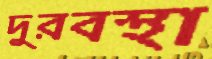
দুরবস্থা